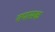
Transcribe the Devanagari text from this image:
तपासक